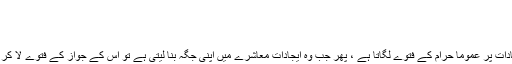
لاجواب کر دیا
‏نومبر 18، 2017 #3
نسیم احمد رکن
‏اکتوبر 27، 2016
اعتراض ہے کہ جی مولوی ایجادات پر عموما حرام کے فتوے لگاتا ہے ، پھر جب وہ ایجادات معاشرے میں اپنی جگہ بنا لیتی ہے تو اس کے جواز کے فتوے لا کر اسے استعمال کرنے لگتا ہے ،
کم از کم اس اعتراض پر میں کسی حدتک متفق ہوں۔